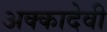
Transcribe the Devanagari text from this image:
अक्कादेवी